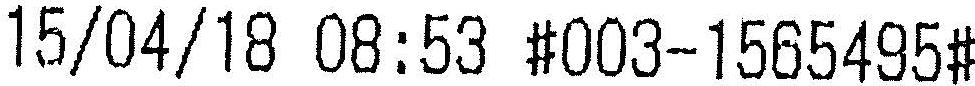
15/04/18 08:53 #003-1565495#